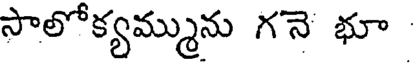
సాలోక్యమ్మును గనె భూ